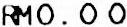
RM0.00